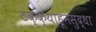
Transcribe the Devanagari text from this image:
टक्क्याहूनसुद्धा